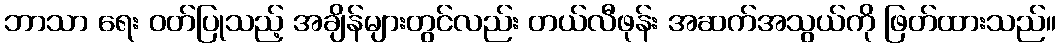
ဘာသာ ရေး ဝတ်ပြုသည့် အချိန်များတွင်လည်း တယ်လီဖုန်း အဆက်အသွယ်ကို ဖြတ်ထားသည်။